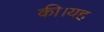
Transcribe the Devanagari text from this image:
की।यह